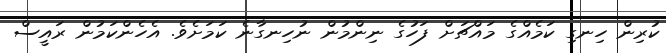
ކުރިން ހިނގި ކަމެއްގެ މައްޗަށް ފަހުގެ ނިންމުން ނުހިނގާނެ ކަމަށެވެ. އެހެންކަމުން ރައީސް